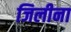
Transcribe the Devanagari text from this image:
जिलीना